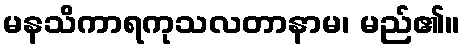
မနသိကာရကုသလတာနာမ၊ မည်၏။